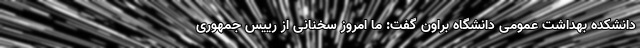
دانشکده بهداشت عمومی دانشگاه براون گفت: ما امروز سخنانی از رییس جمهوری